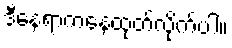
ဒီနေရာကနေထုတ်လိုက်ပါ။